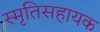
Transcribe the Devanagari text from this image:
स्मृतिसहायक